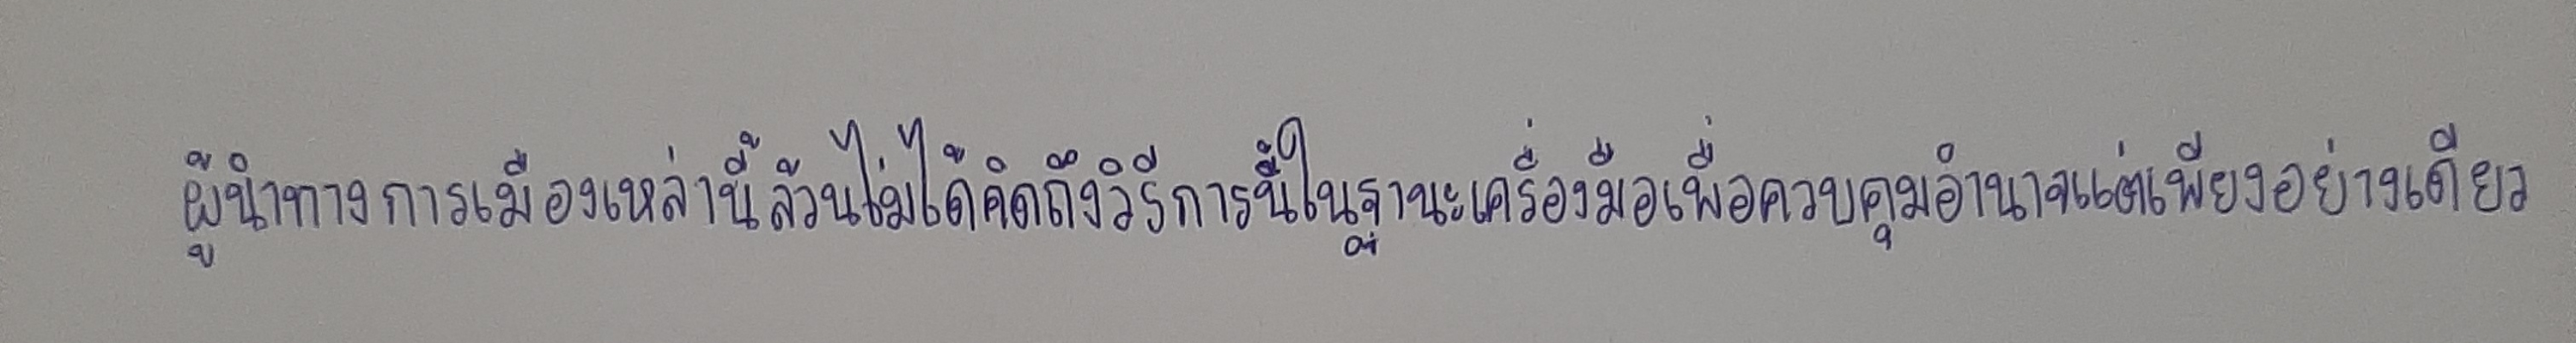
ผู้บริหารการบินไทยรับโรงซ่อมไม่ได้ออกแบบมารองรับเครื่องบินขนาดใหญ่เตรียมเพื่อหาทางแก้ไข